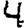
Digit: 4